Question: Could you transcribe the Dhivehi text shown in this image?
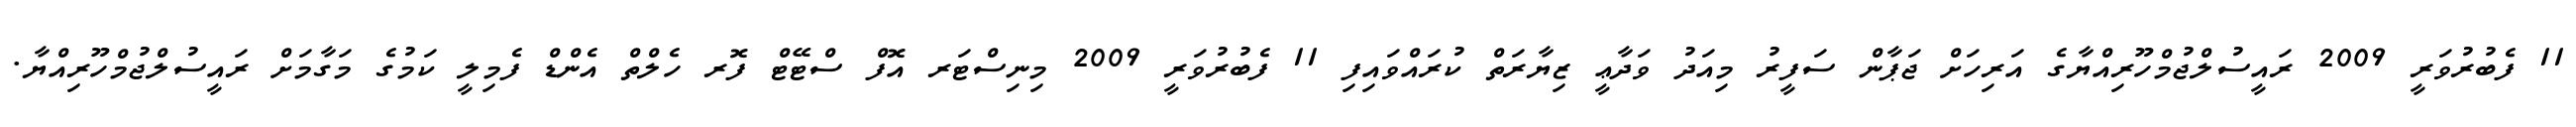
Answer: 11 ފެބުރުވަރީ 2009 ރައީސުލްޖުމްހޫރިއްޔާގެ އަރިހަށް ޖަޕާން ސަފީރު މިއަދު ވަދާޢީ ޒިޔާރަތް ކުރައްވައިފި 11 ފެބުރުވަރީ 2009 މިނިސްޓަރ އޮފް ސްޓޭޓް ފޮރ ހެލްތް އެންޑް ފެމިލީ ކަމުގެ މަގާމަށް ރައީސުލްޖުމްހޫރިއްޔާ.